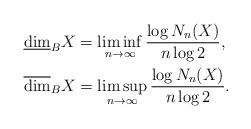
LaTeX: \begin{align*}\underline{\dim}_B X &=\liminf_{n\to \infty} \frac{\log N_{n}(X)}{n\log 2}, \\\overline{\dim}_B X&=\limsup_{n\to \infty} \frac{\log N_{n}(X)}{n\log 2}.\end{align*}